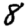
Digit: 8